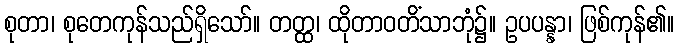
စုတာ၊ စုတေကုန်သည်ရှိသော်။ တတ္ထ၊ ထိုတာဝတိံသာဘုံ၌။ ဥပပန္နာ၊ ဖြစ်ကုန်၏။